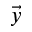
\vec { y }